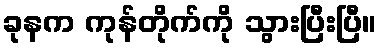
ခုနက ကုန်တိုက်ကို သွားပြီးပြီ။